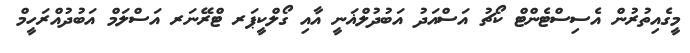
މީގެއިތުރުން އެސިސްޓެންޓް ކޯޗު އަސްއަދު އަބުދުލްޣަނީ އާއި ގޯލްކީޕަރ ޓްރޭނަރ އަސްލަމް އަބުދުއްރަހީމް